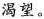
渴望。